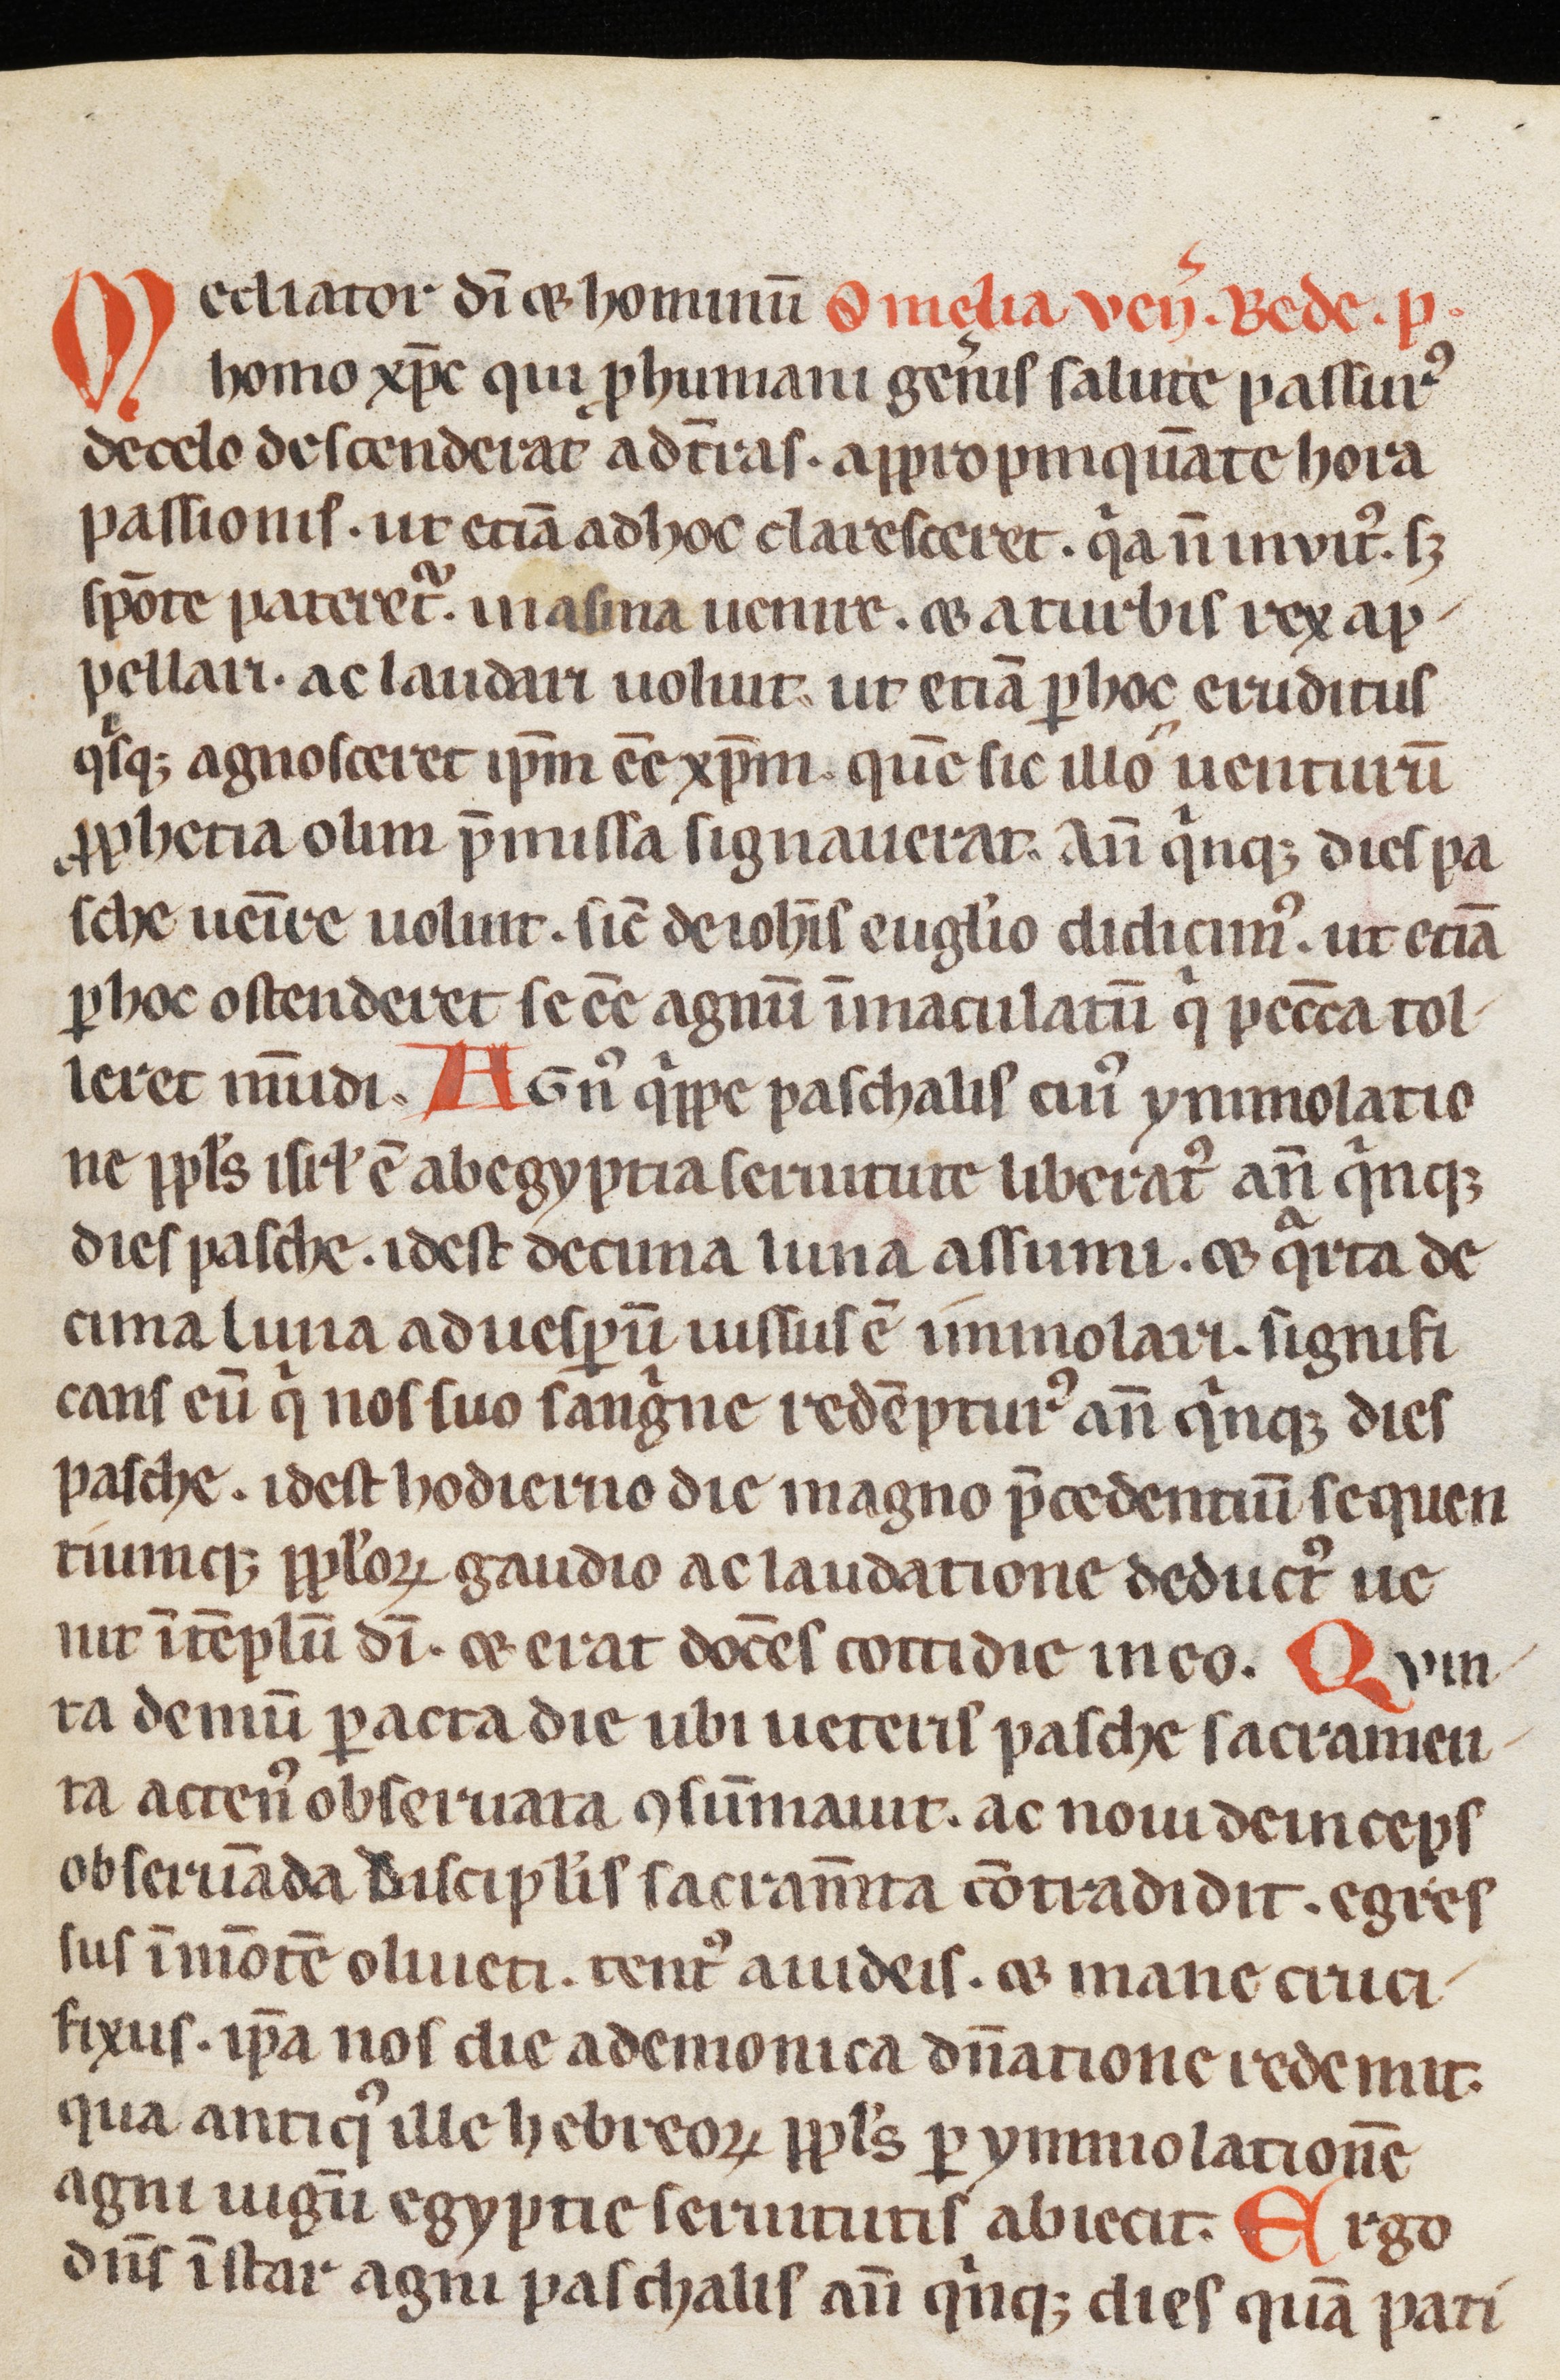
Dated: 1200–1299